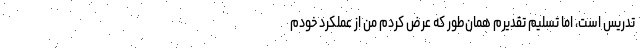
تدریس است، اما تسلیم تقدیرم همان‌طور که عرض کردم من از عملکرد خودم